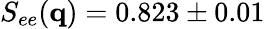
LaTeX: S_{ee}(\mathbf{q})=0.823\pm 0.01